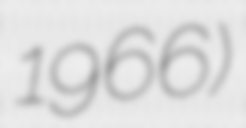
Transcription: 1966)